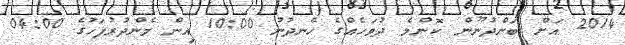
2014 އަށް ބަންދުނޫން ކޮންމެ ދުވަހެއްގެ ހެނދުނު 10:00 އިން މެންދުރުފަހުގެ 04:00